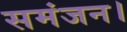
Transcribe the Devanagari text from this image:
समंजन।